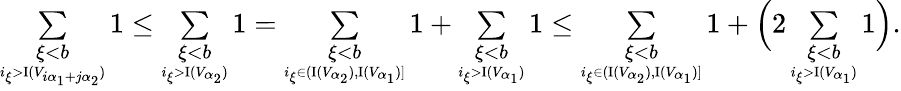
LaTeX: \begin{array}{r}{\underset{\underset{i_{\xi}>\mathrm{I}(V_{i{\alpha_{1}}+j{\alpha_{2}}})}{\xi<b}}{\sum}1\leq\underset{\underset{i_{\xi}>\mathrm{I}(V_{{\alpha_{2}}})}{\xi<b}}{\sum}1=\underset{\underset{i_{\xi}\in(\mathrm{I}(V_{\alpha_{2}}),\mathrm{I}(V_{\alpha_{1}})]}{\xi<b}}{\sum}1+\underset{\underset{i_{\xi}>\mathrm{I}(V_{\alpha_{1}})}{\xi<b}}{\sum}1\leq\underset{\underset{i_{\xi}\in(\mathrm{I}(V_{\alpha_{2}}),\mathrm{I}(V_{\alpha_{1}})]}{\xi<b}}{\sum}1+\Big(2\underset{\underset{i_{\xi}>\mathrm{I}(V_{\alpha_{1}})}{\xi<b}}{\sum}1\Big).}\end{array}